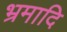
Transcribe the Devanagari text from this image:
भ्रमादि